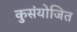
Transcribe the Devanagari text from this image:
कुसंयोजित